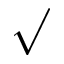
\surd